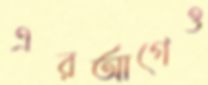
এরআগেও